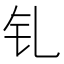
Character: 钆